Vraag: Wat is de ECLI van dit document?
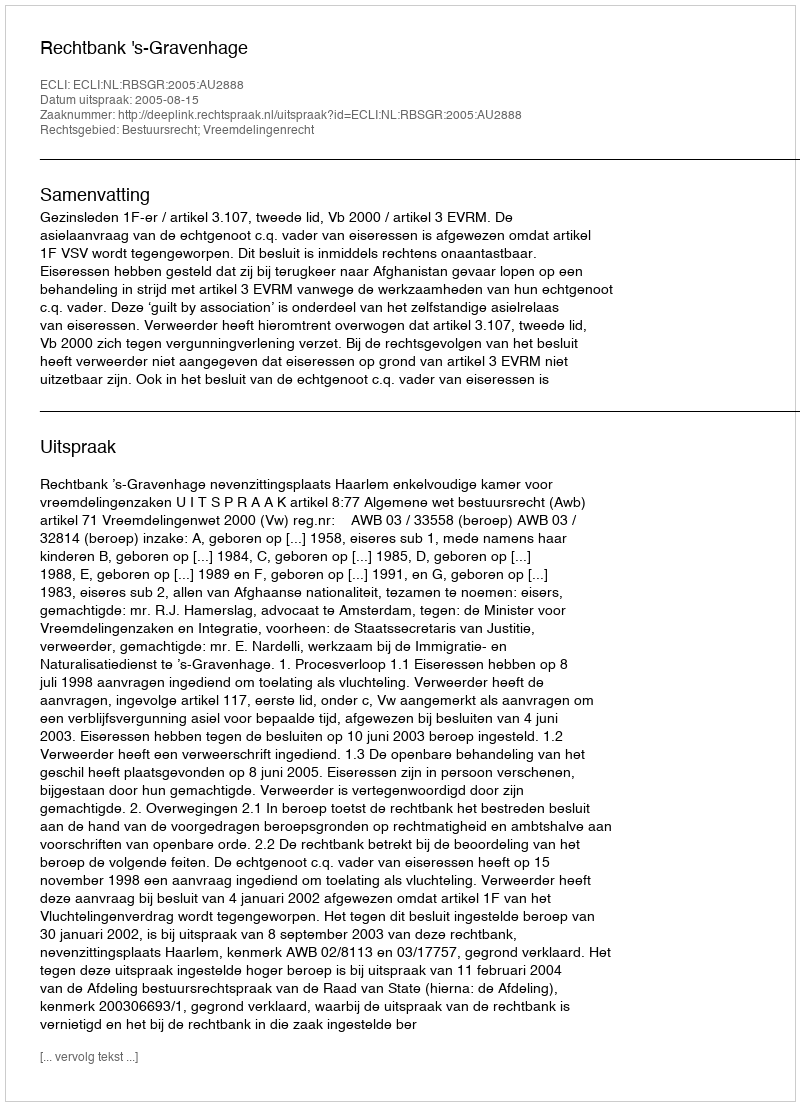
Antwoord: ECLI:NL:RBSGR:2005:AU2888